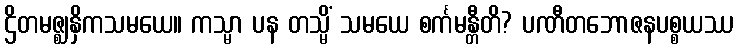
ဌိတမဇ္ဈနှိကသမယေ။ ကသ္မာ ပန တသ္မိံ သမယေ စင်္ကမန္တီတိ? ပဏီတဘောဇနပစ္စယဿ